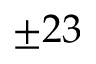
\pm 2 3